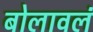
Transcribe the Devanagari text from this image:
बोलावलं